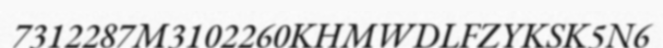
7312287M3102260KHMWDLFZYKSK5N6